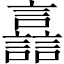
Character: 譶